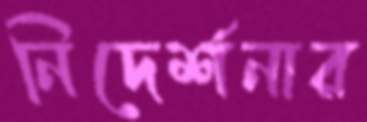
নিদের্শনার